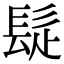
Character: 𩬂